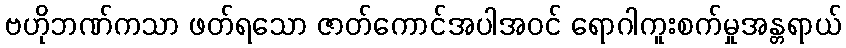
ဗဟိုဘဏ်ကသာ ဖတ်ရသော ဇာတ်ကောင်အပါအဝင် ရောဂါကူးစက်မှုအန္တရာယ်